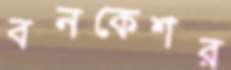
বনকেশর